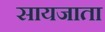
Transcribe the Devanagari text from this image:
सायजाता